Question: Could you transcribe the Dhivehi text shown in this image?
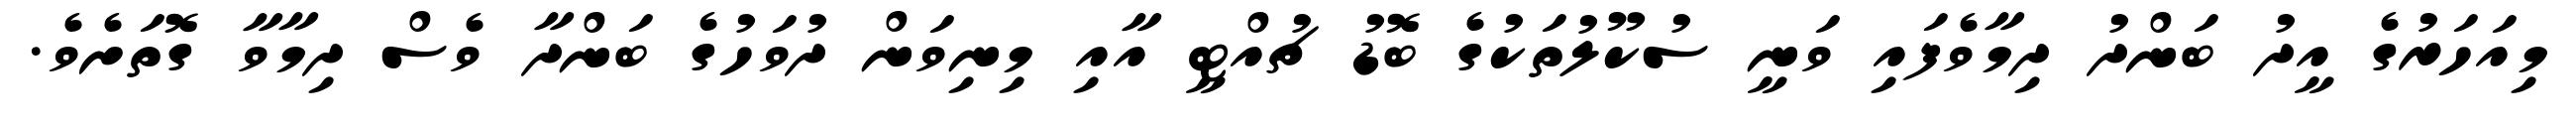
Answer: މިއަހަރުގެ އީދު ބަންދު ދިމާވެފައި ވަނީ ސުކޫލުތަކުގެ ބޮޑު ޗުއްޓީ އާއި މިނިވަން ދުވަހުގެ ބަންދާ ވެސް ދިމާވާ ގޮތަށެވެ.